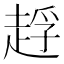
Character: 䞯